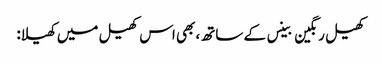
کھیل رنگین بینس کے ساتھ، بھی اس کھیل میں کھیلا: